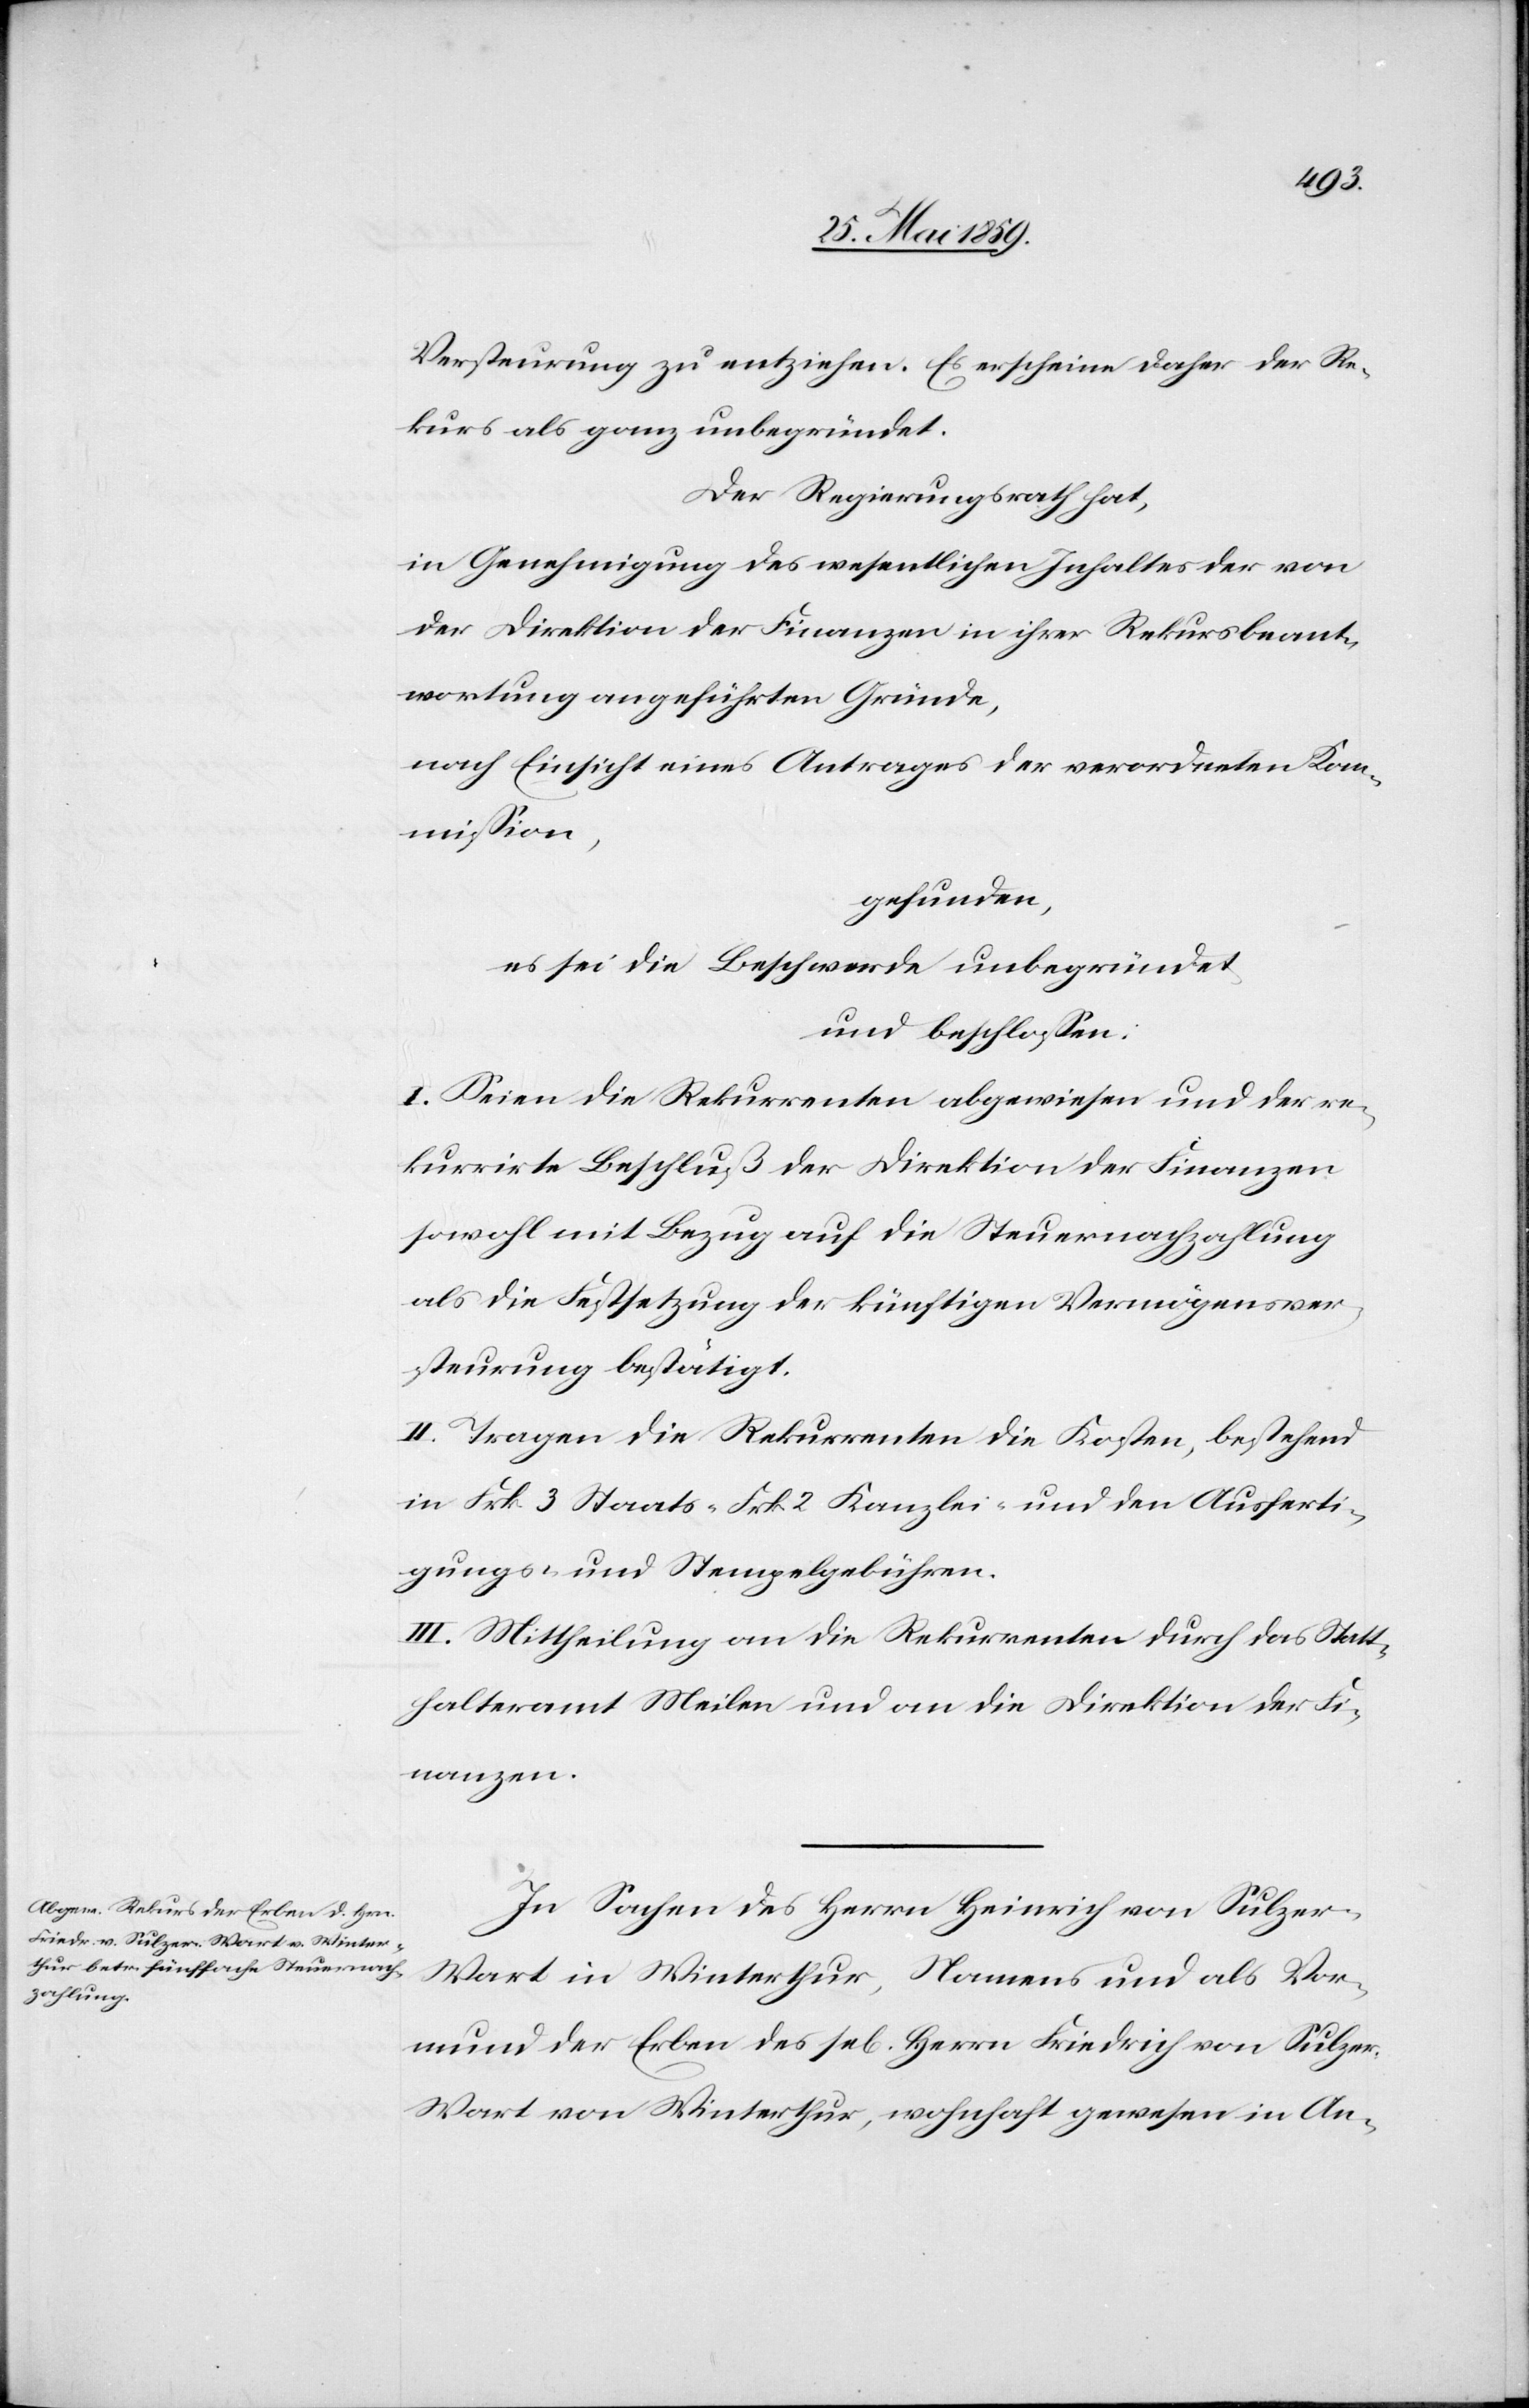
Versteurung zu entziehen. Es erscheine daher der Re¬
kurs als ganz unbegründet.
Der Regierungsrath hat,
in Genehmigung des wesentlichen Inhaltes der von
der Direktion der Finanzen in ihrer Rekursbeant¬
wortung angeführten Gründe,
nach Einsicht eines Antrages der verordneten Kom¬
mission,
gefunden,
es sei die Beschwerde unbegründet
und beschlossen:
I. Seien die Rekurrenten abgewiesen und der re¬
kurrirte Beschluß der Direktion der Finanzen
sowohl mit Bezug auf die Steuernachzahlung
als die Festsetzung der künftigen Vermögensver¬
steurung bestätigt.
II. Tragen die Rekurrenten die Kosten, bestehend
in Frk. 3 Staats-[,] Frk 2 Kanzlei- und den Ausferti¬
gungs- und Stempelgebühren.
III. Mittheilung an die Rekurrenten durch das Statt¬
halteramt Meilen und an die Direktion der Fi¬
nanzen.
In Sachen des Herrn Heinrich von Sulzer-W¬
art in Winterthur, Namens und als Vor¬
mund der Erben des sel. Herrn Friedrich von Sulze¬
r-Wart von Winterhur, wohnhaft gewesen in An-